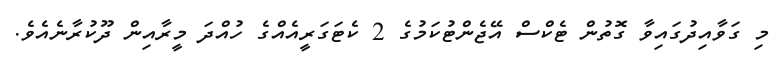
މި ގަވާއިދުގައިވާ ގޮތުން ޓެކްސް އޭޖެންޓުކަމުގެ 2 ކެޓަގަރީއެއްގެ ހުއްދަ މީރާއިން ދޫކުރާނެއެވެ.